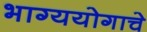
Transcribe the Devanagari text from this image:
भाग्ययोगाचे